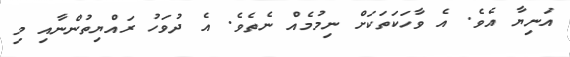
އަނިޔާ އެވެ. އެ ވާހަކަތަކަށް ނިމުމެއް ނެތެވެ. އެ ދުވަހު ރައްޔިތުންނާއި މި